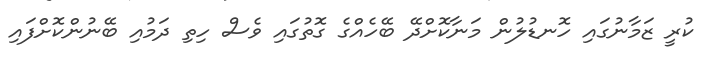
ކުރީ ޒަމާނުގައި ހޮނޑުލުން މަނާކޮށްދޭ ބޭހެއްގެ ގޮތުގައި ވެސް ހިތި ދަމުއި ބޭނުންކޮށްފައި